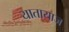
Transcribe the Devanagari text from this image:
यातायाज